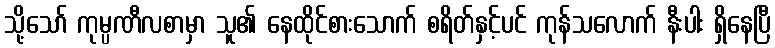
သို့သော် ကုမ္ပဏီလစာမှာ သူ၏ နေထိုင်စားသောက် စရိတ်နှင့်ပင် ကုန်သလောက် နီးပါး ရှိနေပြီ